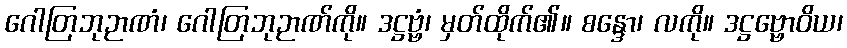
ဂေါတြဘုဉာဏံ၊ ဂေါတြဘုဉာဏ်ကို။ ဒဋ္ဌဗ္ဗံ၊ မှတ်ထိုက်၏။ စန္ဒော၊ လကို။ ဒဋ္ဌဗ္ဗောဝိယ၊